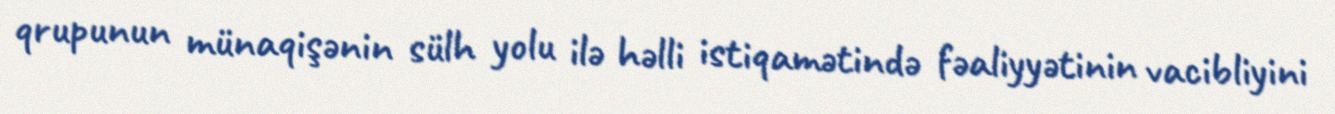
qrupunun münaqişənin sülh yolu ilə həlli istiqamətində fəaliyyətinin vacibliyini